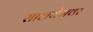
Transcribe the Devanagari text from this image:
सालबेगवर